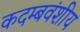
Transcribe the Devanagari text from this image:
कदम्बवंशीय